Annual report of the Civil Veterinary Department, Bengal, for the year 1897-98 - 1897-1898
Year: 1897
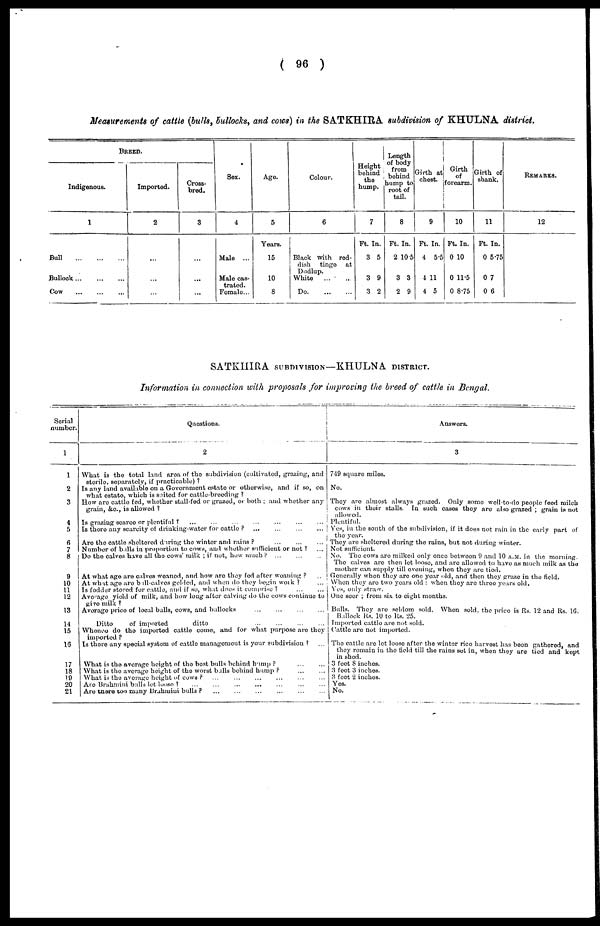
(96)
Measurements of cattle (bulls, bullocks, and cows) in the SATKHIRA subdivision of KHULNA district.
BREED.
Indigenous.
1
Bull
...
...
...
Bullock
...
...
...
Cow ... ... ...
Imported.
2
...
...
...
Cross-
bred.
3
...
...
...
Sex.
4
Male ...
Male cas-
trated.
Female...
Age.
5
Years.
15
10
8
Colour.
6
Black with red-
dish tinge
at
Dudlup.
White
...
...
Do.
...
...
Height
behind
the
hump.
7
Ft. In.
3 5
3 9
3 2
Length
of body
from
behind
hump to
root of
tail.
8
Ft. In.
2 10.5
3 3
2 9
Girth at
chest.
9
Ft. In.
4 5.5
1 11
4 5
Girth
of
forearm.
10
Ft. In.
0 10
0 11.5
0 8.75
Girth of
shank.
11
Ft. In.
0 5.75
0 7
0 6
REMARKS.
12
SATKHIRA SUBDIVISION—KHULNA. DISTRICT.
Information in connection with proposals for improving the breed of cattle in Bengal.
Serial
number.
1
1
2
3
4
5
6
7
8
9
10
11
12
13
14
15
1G
17
18
19
20
21
Questions.
2
What is the total land area of the subdivision (cultivated, grazing, and
sterile, separately, if practicable)?
Is any land available on a Government estate or otherwise, and if so, on
what estate, which is suited for cattle-breeding?
How are cattle fed, whether stall-fed or grazed, or both; and whether any
grain, &c., is allowed?
Is grazing scarce or plentiful?
...
...
...
...
...
...
...
Is there any scarcity of drinking-water for cattle? ...
...
...
Are the cattle sheltered during the winter and rains?
...
...
...
Number of balls in proportion to cows, and whether sufficient or not?
...
Do the calves have all the cows' milk; if not, how much?
...
...
...
At what age are calves weaned, and how are they fed after weaning? ...
At what age are bull-calvos gelded, and when do they begin work? ... ...
Is fodder stored for cattle, and if so, what does it comprise?
...
...
Average yield of milk, and how long after calving do the cows continue to
give milk?
Average price of local bulls, cows, and bullocks
...
...
...
...
Ditto
of imported
ditto
...
...
...
...
Whence do the imported cattle come, and for what purpose are they
imported?
Is there any special system of cattle management is your subdivision? ...
What is the average height of the best bulls behind hump?
...
...
What is the average height of the worst balls behind hump?
...
...
What is the average height of cows? ... ... ... ... ... ...
Are Brahmini bulls lot loose?
...
...
...
...
...
...
...
Are there too many Brahmini
bulls?
...
...
...
...
...
...
Answers.
3
749 square miles.
No.
They are almost always grazed. Only some well-to-do people feed milch
cows in their stalls. In such cases they are also grazed; grain is not
allowed.
Plentiful.
Yes, in the south of the subdivision, if it does not rain in the early part of
the year.
They are sheltered during the rains, but not during winter.
Not sufficient.
No. The cows are milked only once between 9 and 10 A.M. in the morning
The calves are then lot loose, and are allowed to have as much milk as the
mother can supply till evening, when they are tied.
Generally when they are one year old, and then they graze in the field.
When they are two years old: when they are three years old.
Yes, only straw.
One seer; from six to eight months.
Bulls. They are seldom sold. When sold, the price is Rs. 12 and Rs 1G
Balllock Rs. 10 to Rs. 25.
Imported cattle are not sold.
Cattle are not imported.
The cattle are let loose after the winter rice harvest has been gathered and
they remain in the field till the rains set in, when they are tied and kept
in shed.
3 feet 8 inches.
3 feet 3 inches.
3 feet 2 inches.
Yes.
No.